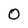
Character: 0